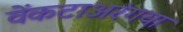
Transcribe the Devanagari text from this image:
वेंकटाअरंगया